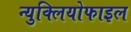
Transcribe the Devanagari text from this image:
न्युक्लियोफाइल